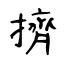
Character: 擠